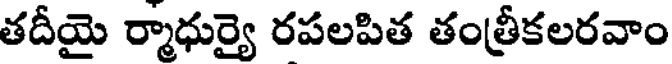
తదీయై ర్మాధుర్యై రపలపిత తంత్రీకలరవాం